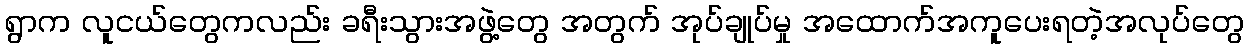
ရွာက လူငယ်တွေကလည်း ခရီးသွားအဖွဲ့တွေ အတွက် အုပ်ချုပ်မှု အထောက်အကူပေးရတဲ့အလုပ်တွေ